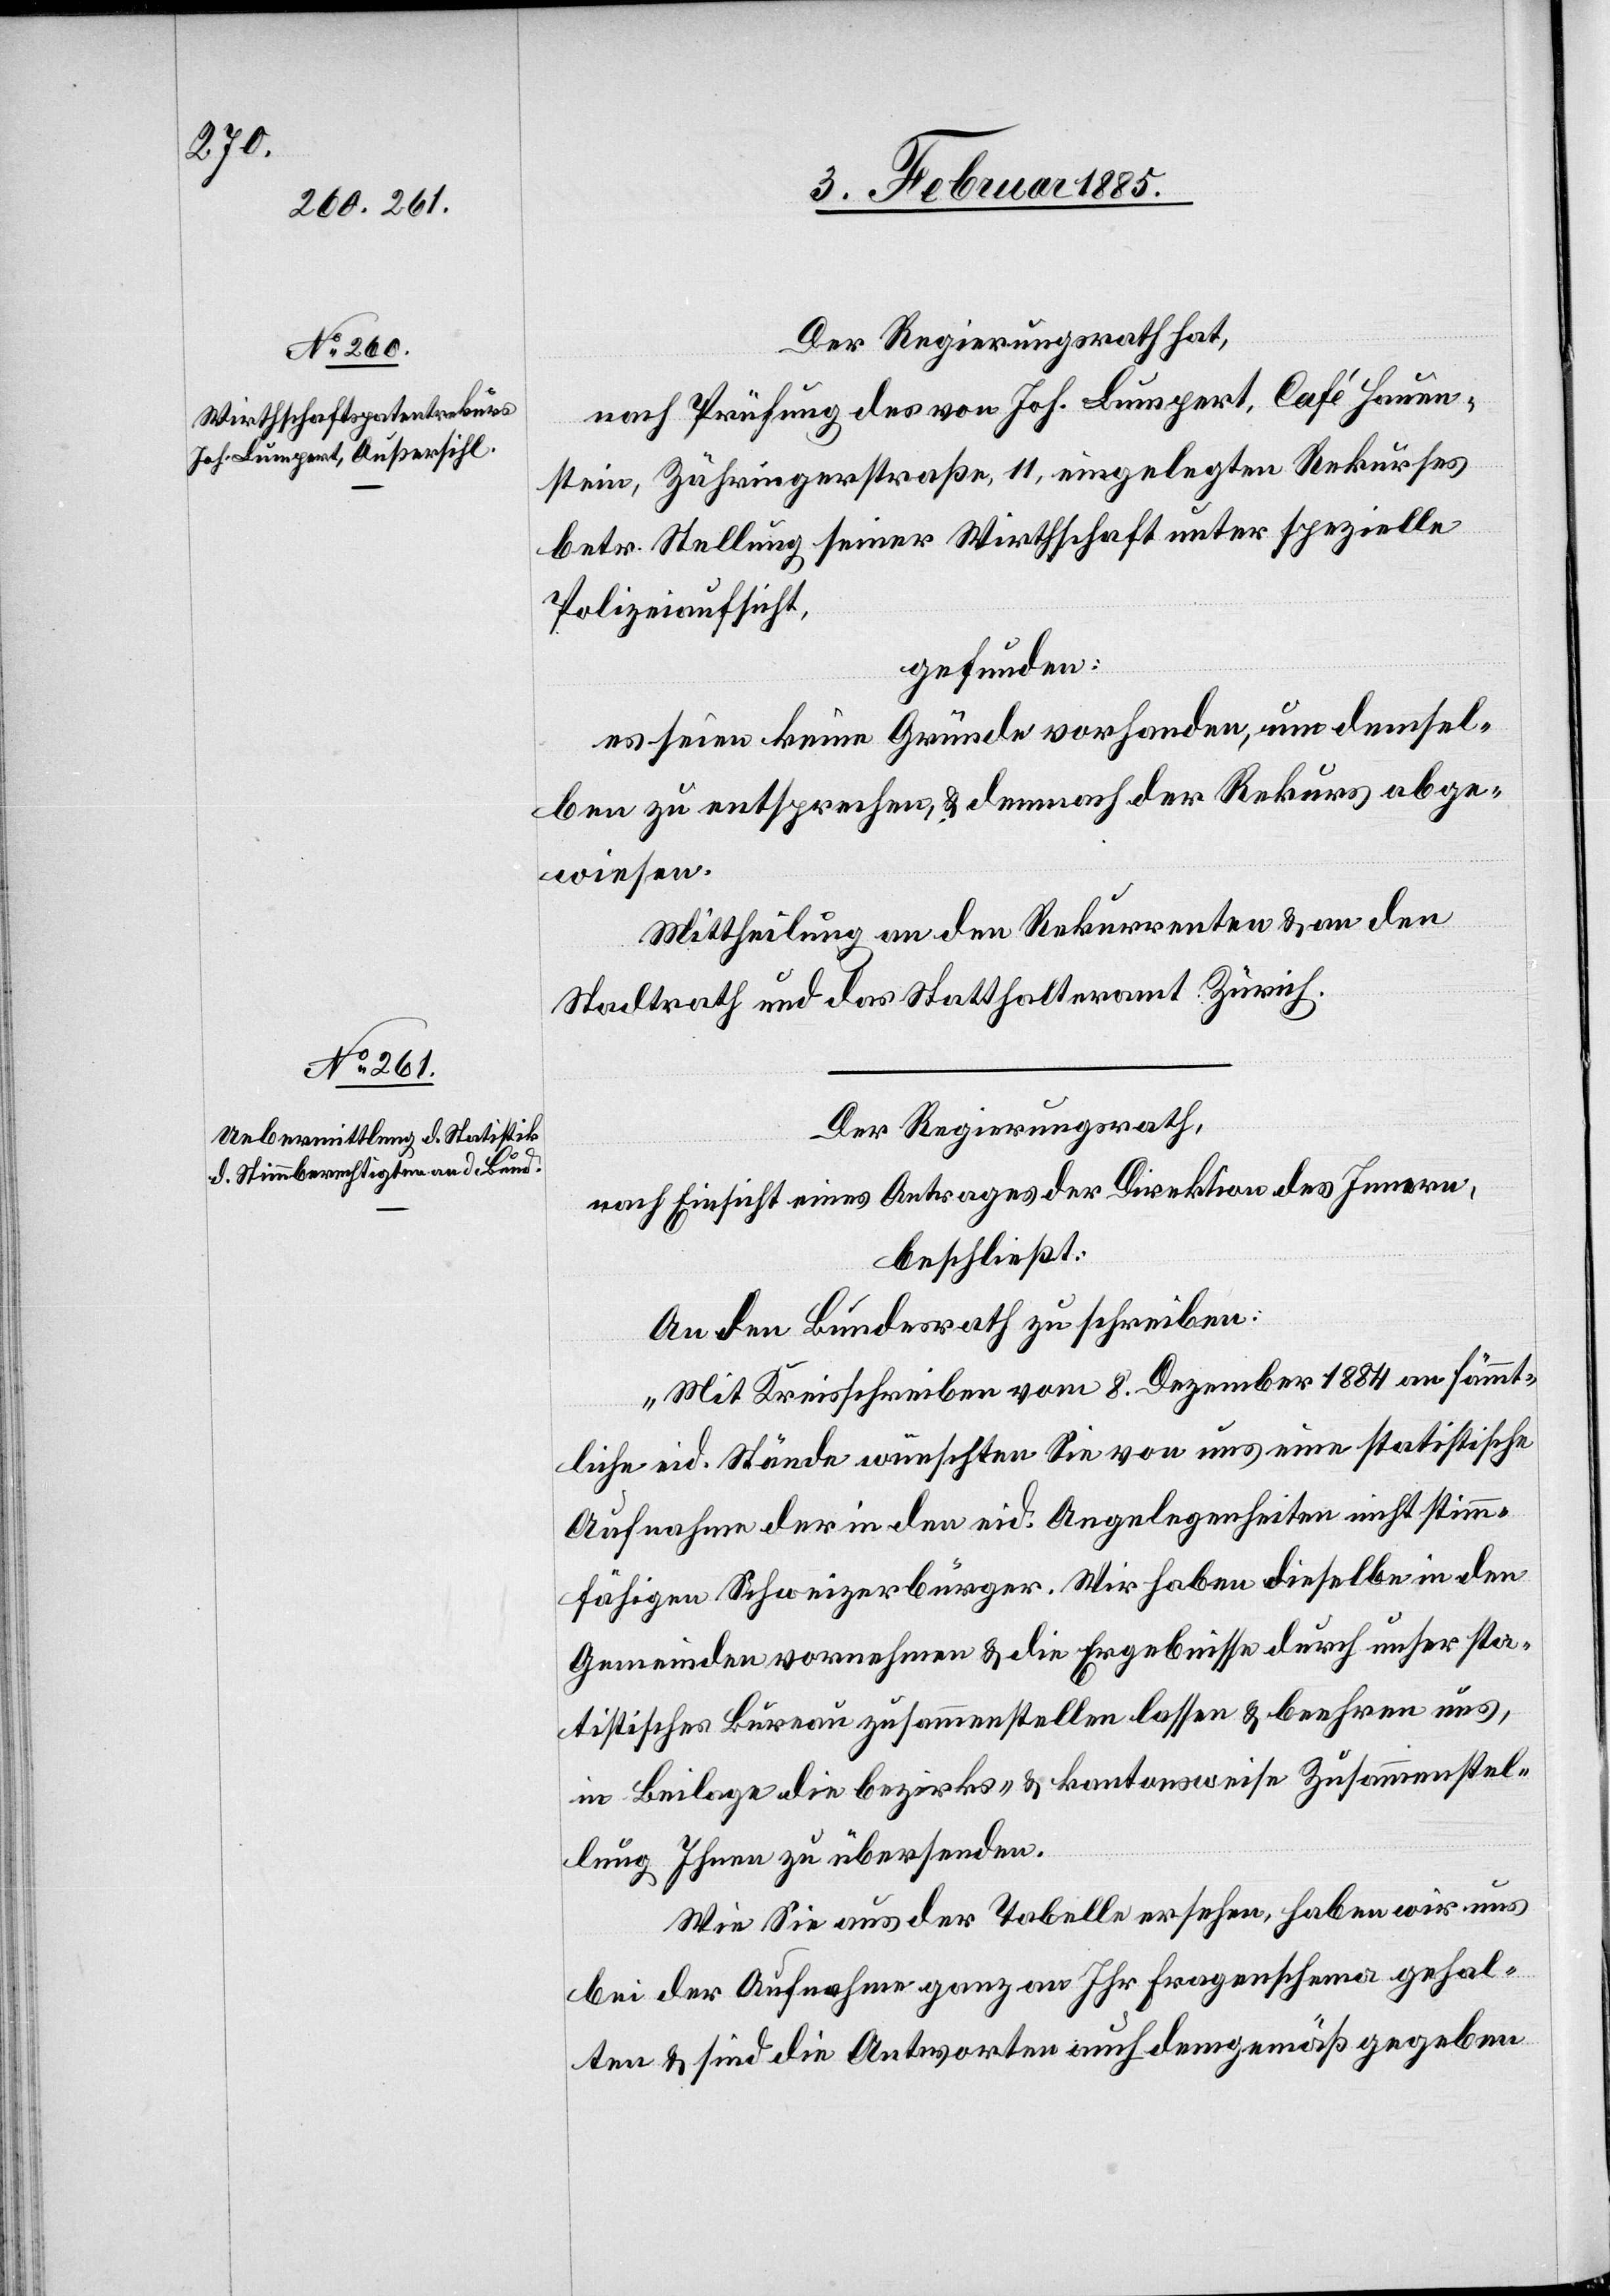
Der Regierungsrath hat,
nach Prüfung des von Joh. Lumpert, Café Hauen¬
stein, Zähringerstraße 11, eingelegten Rekurses
betr. Stellung seiner Wirthschaft unter spezielle
Polizeiaufsicht,
gefunden:
es seien keine Gründe vorhanden, um demsel¬
ben zu entsprechen, & demnach der Rekurs abge¬
wiesen.
Mittheilung an den Rekurrenten & an den
Stadtrath und das Statthalteramt Zürich.
Der Regierungsrath,
nach Einsicht eines Antrages der Direktion des Innern,
beschließt:
An den Bundesrath zu schreiben:
„Mit Kreisschreiben vom 8. Dezember 1884 an sämmt¬
liche eid. Stände wünschten Sie von uns eine statistische
Aufnahme der in den eid. Angelegenheiten nicht stimm¬
fähigen Schweizerbürger. Wir haben dieselbe in den
Gemeinden vornehmen & die Ergebnisse durch unser sta¬
tistisches Bureau zusammenstellen lassen & beehren uns,
in Beilage die bezirks- & kantonsweise Zusammenstel¬
lung Ihnen zu übersenden.
Wie Sie aus der Tabelle ersehen, haben wir uns
bei der Aufnahme ganz an Ihr Fragenschema gehal¬
ten & sind die Antworten auch demgemäß gegeben